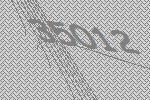
35012